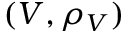
( V , \rho _ { V } )